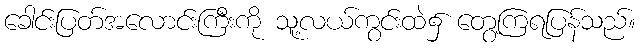
ခေါင်းပြတ်အလောင်းကြီးကို သူ့လယ်ကွင်းထဲ၌ တွေ့ကြရပြန်သည်။